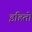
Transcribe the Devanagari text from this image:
इहितो